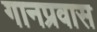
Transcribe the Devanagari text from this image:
गानप्रवास